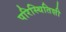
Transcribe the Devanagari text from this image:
परिस्थितिशी